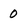
Character: 0